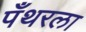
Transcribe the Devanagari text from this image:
पँथरला